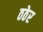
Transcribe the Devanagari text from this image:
ठठेर